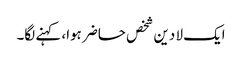
ایک لا دین شخص حاضر ہوا، کہنے لگا۔